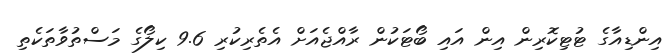
އިންޑިއާގެ ޓުޓިކޮރިން އިން އައި ބޯޓަކުން ރާއްޖެއަަށް އެތެރިކުރި 9.6 ކިލޯގެ މަސްތުވާތަކެތި